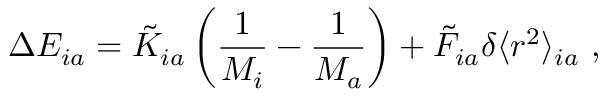
\Delta E _ { i a } = \tilde { K } _ { i a } \left( \frac { 1 } { M _ { i } } - \frac { 1 } { M _ { a } } \right) + \tilde { F } _ { i a } \delta \langle r ^ { 2 } \rangle _ { i a } \ ,